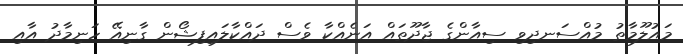
މައުލޫމާތު މުއްސަނދިވި ސިއާންގެ ޖާދޫތައް އަނެއްކާ ވެސް ދައްކާލައިފިޝޯން ގާނިއޭ ހަނިމާދު އާއި